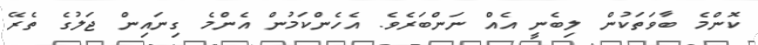
ކޮންމެ ބާވަތަކުން ލިބެނީ އެއް ނަންބަރެވެ. އެހެންކަމުން އެންމެ ގިނައިން ޖަލުގެ ތެރޭ